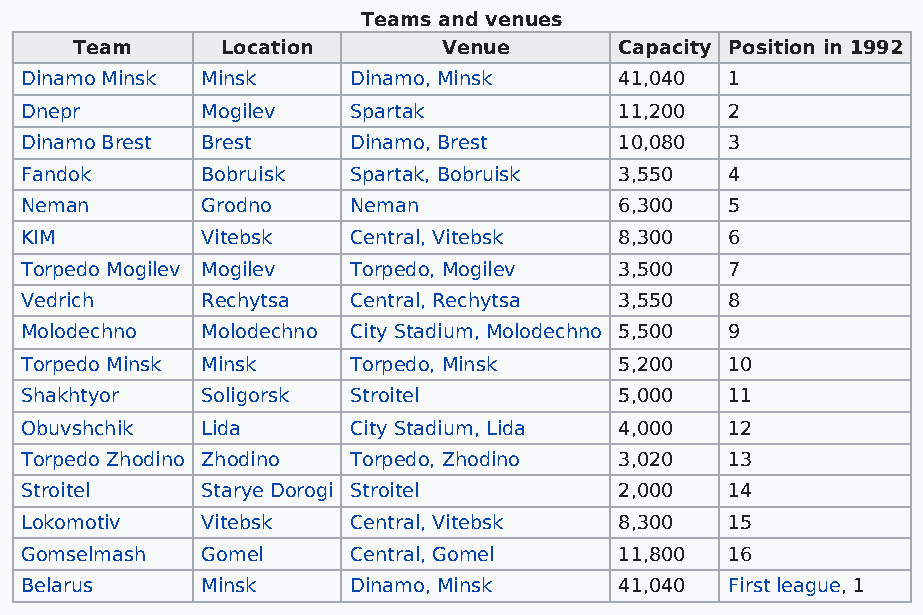
Teams and venues
 Team      Location      Venue       Capacity Position in 1992
 Dinamo Minsk Minsk    Dinamo, Minsk     41,040 1
 Dnepr       Mogilev   Spartak           11,200 2
 Dinamo Brest Brest    Dinamo, Brest     10,080 3
 Fandok      Bobruisk  Spartak, Bobruisk 3,550  4
 Neman       Grodno    Neman             6,300  5
 KIM         Vitebsk   Central, Vitebsk  8,300  6
 Torpedo Mogilev Mogilev Torpedo, Mogilev 3,500 7
 Vedrich     Rechytsa  Central, Rechytsa 3,550  8
 Molodechno  Molodechno City Stadium, Molodechno 5,500 9
 Torpedo Minsk Minsk   Torpedo, Minsk    5,200  10
 Shakhtyor   Soligorsk Stroitel          5,000  11
 Obuvshchik  Lida      City Stadium, Lida 4,000 12
 Torpedo Zhodino Zhodino Torpedo, Zhodino 3,020 13
 Stroitel    Starye Dorogi Stroitel      2,000  14
 Lokomotiv   Vitebsk   Central, Vitebsk  8,300  15
 Gomselmash  Gomel     Central, Gomel    11,800 16
 Belarus     Minsk     Dinamo, Minsk     41,040 First league, 1